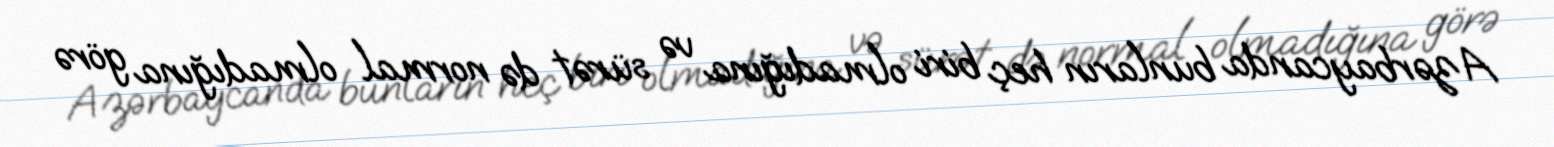
Azərbaycanda bunların heç biri olmadığına və sürət də normal olmadığına görə